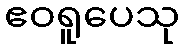
ဧဝရူပေသု